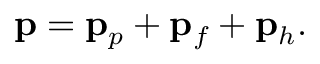
\mathbf { p } = \mathbf { p } _ { p } + \mathbf { p } _ { f } + \mathbf { p } _ { h } .